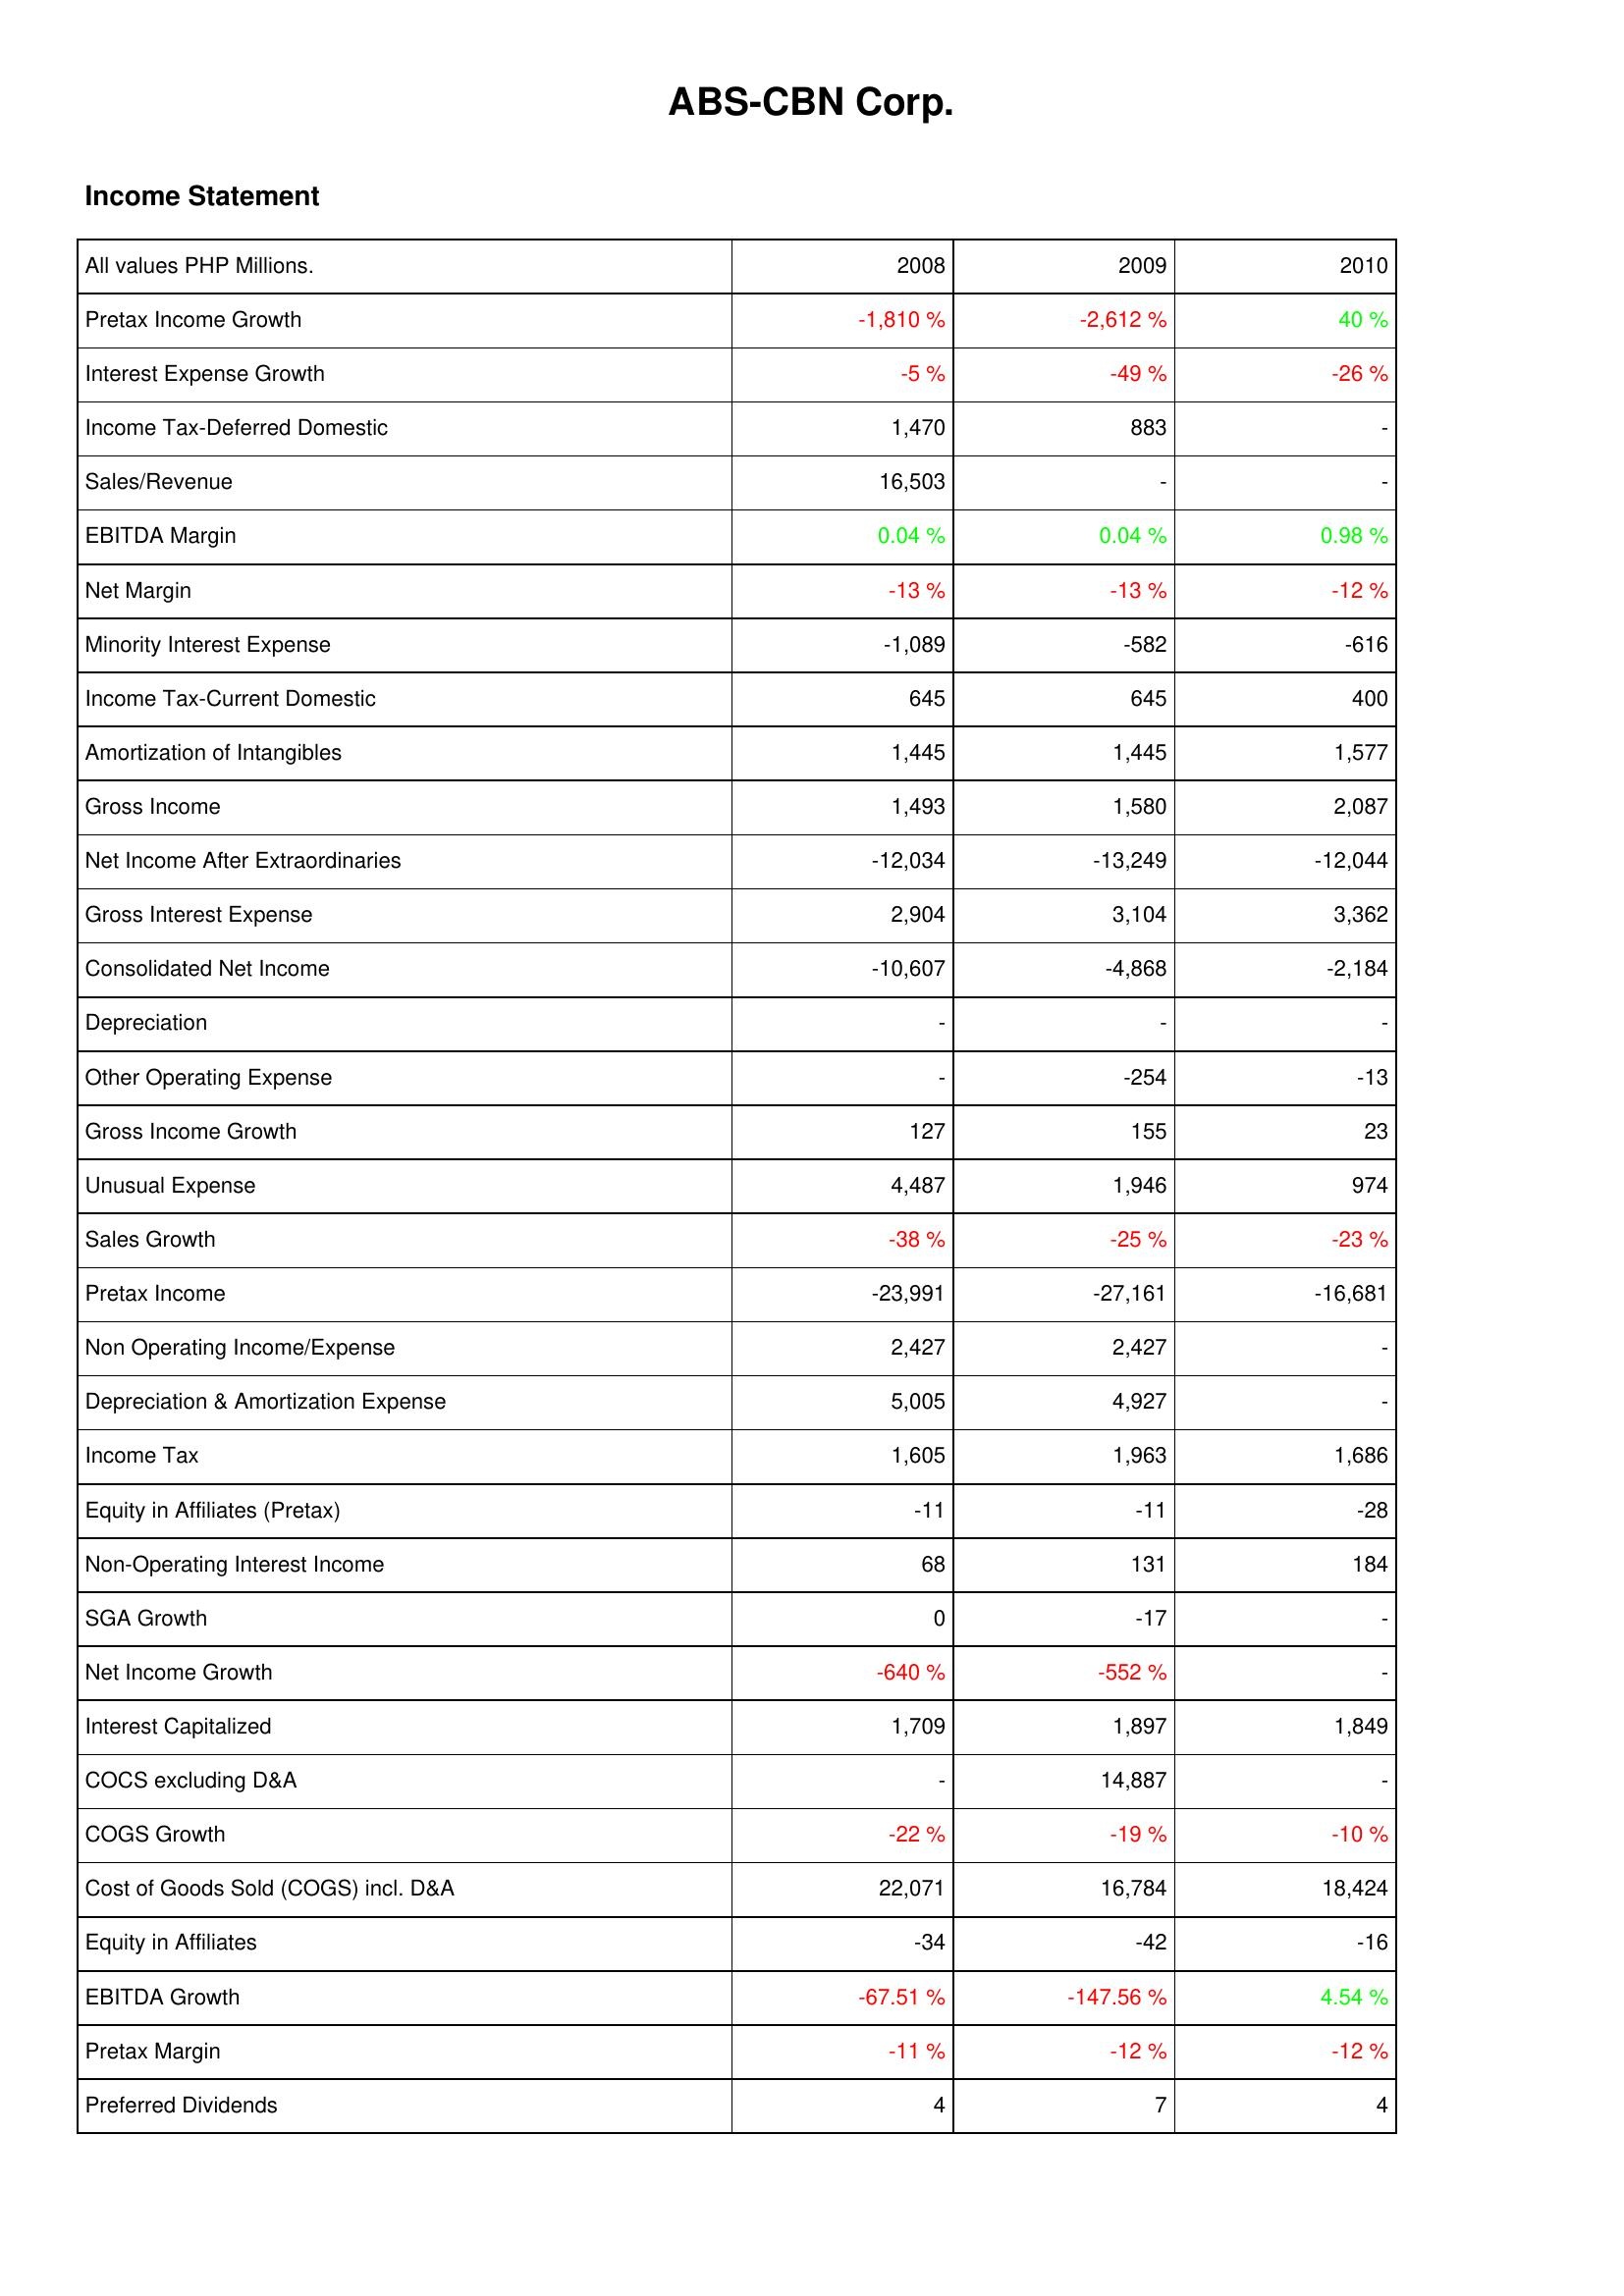
2008: Income Statement: Pretax Income Growth: -1,810 %
Interest Expense Growth: -5 %
Income Tax-Deferred Domestic: 1,470
Sales/Revenue: 16,503
EBITDA Margin: 0.04 %
Net Margin: -13 %
Minority Interest Expense: -1,089
Income Tax-Current Domestic: 645
Amortization of Intangibles: 1,445
Gross Income: 1,493
Net Income After Extraordinaries: -12,034
Gross Interest Expense: 2,904
Consolidated Net Income: -10,607
Depreciation: -
Other Operating Expense: -
Gross Income Growth: 127
Unusual Expense: 4,487
Sales Growth: -38 %
Pretax Income: -23,991
Non Operating Income/Expense: 2,427
Depreciation & Amortization Expense: 5,005
Income Tax: 1,605
Equity in Affiliates (Pretax): -11
Non-Operating Interest Income: 68
SGA Growth: 0
Net Income Growth: -640 %
Interest Capitalized: 1,709
COCS excluding D&A: -
COGS Growth: -22 %
Cost of Goods Sold (COGS) incl. D&A: 22,071
Equity in Affiliates: -34
EBITDA Growth: -67.51 %
Pretax Margin: -11 %
Preferred Dividends: 4
2009: Income Statement: Pretax Income Growth: -2,612 %
Interest Expense Growth: -49 %
Income Tax-Deferred Domestic: 883
Sales/Revenue: -
EBITDA Margin: 0.04 %
Net Margin: -13 %
Minority Interest Expense: -582
Income Tax-Current Domestic: 645
Amortization of Intangibles: 1,445
Gross Income: 1,580
Net Income After Extraordinaries: -13,249
Gross Interest Expense: 3,104
Consolidated Net Income: -4,868
Depreciation: -
Other Operating Expense: -254
Gross Income Growth: 155
Unusual Expense: 1,946
Sales Growth: -25 %
Pretax Income: -27,161
Non Operating Income/Expense: 2,427
Depreciation & Amortization Expense: 4,927
Income Tax: 1,963
Equity in Affiliates (Pretax): -11
Non-Operating Interest Income: 131
SGA Growth: -17
Net Income Growth: -552 %
Interest Capitalized: 1,897
COCS excluding D&A: 14,887
COGS Growth: -19 %
Cost of Goods Sold (COGS) incl. D&A: 16,784
Equity in Affiliates: -42
EBITDA Growth: -147.56 %
Pretax Margin: -12 %
Preferred Dividends: 7
2010: Income Statement: Pretax Income Growth: 40 %
Interest Expense Growth: -26 %
Income Tax-Deferred Domestic: -
Sales/Revenue: -
EBITDA Margin: 0.98 %
Net Margin: -12 %
Minority Interest Expense: -616
Income Tax-Current Domestic: 400
Amortization of Intangibles: 1,577
Gross Income: 2,087
Net Income After Extraordinaries: -12,044
Gross Interest Expense: 3,362
Consolidated Net Income: -2,184
Depreciation: -
Other Operating Expense: -13
Gross Income Growth: 23
Unusual Expense: 974
Sales Growth: -23 %
Pretax Income: -16,681
Non Operating Income/Expense: -
Depreciation & Amortization Expense: -
Income Tax: 1,686
Equity in Affiliates (Pretax): -28
Non-Operating Interest Income: 184
SGA Growth: -
Net Income Growth: -
Interest Capitalized: 1,849
COCS excluding D&A: -
COGS Growth: -10 %
Cost of Goods Sold (COGS) incl. D&A: 18,424
Equity in Affiliates: -16
EBITDA Growth: 4.54 %
Pretax Margin: -12 %
Preferred Dividends: 4